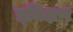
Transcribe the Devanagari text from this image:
प्र्यिक्षण